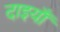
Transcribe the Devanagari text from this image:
दाइयाँ